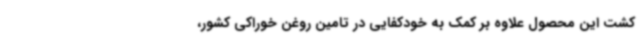
کشت این محصول علاوه بر کمک به خودکفایی در تامین روغن خوراکی کشور،